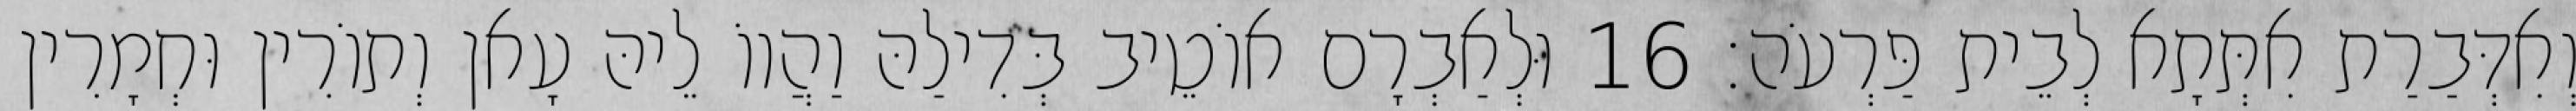
וְאִדְּבַרַת אִתְּתָא לְבֵית פַּרְעֹה׃ 16 וּלְאַבְרָם אוֹטֵיב בְּדִילַהּ וַהֲווֹ לֵיהּ עָאן וְתוֹרִין וּחְמָרִין